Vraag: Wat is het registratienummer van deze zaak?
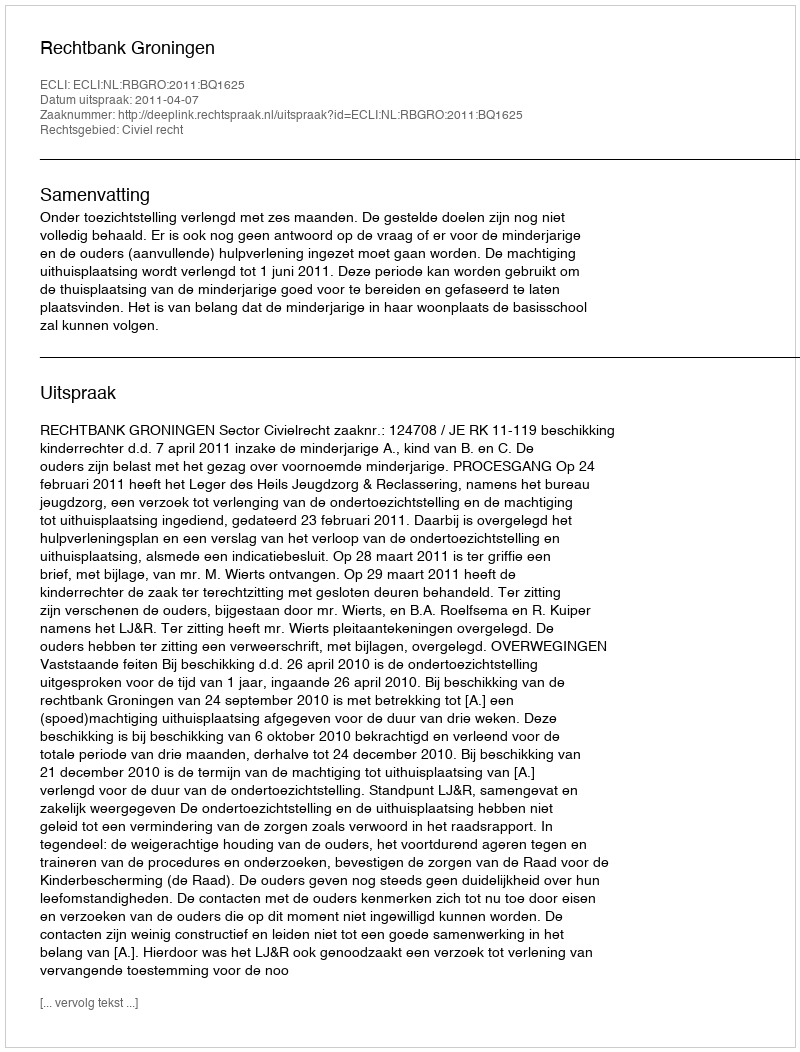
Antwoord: http://deeplink.rechtspraak.nl/uitspraak?id=ECLI:NL:RBGRO:2011:BQ1625